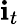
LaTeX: \mathbf{i}_{t}